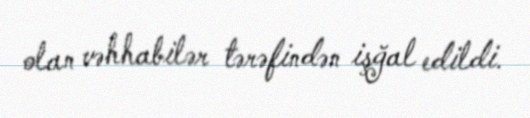
olan vəhhabilər tərəfindən işğal edildi.